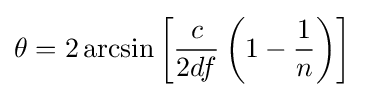
\theta =2\arcsin \left[{\frac {c}{2df}}\left(1-{1 \over n}\right)\right]\